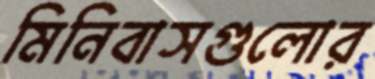
মিনিবাসগুলোর